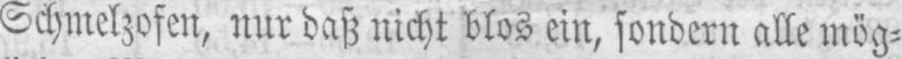
Schmelzofen, nur daß nicht blos ein, sondern alle mög⸗